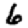
Digit: 6